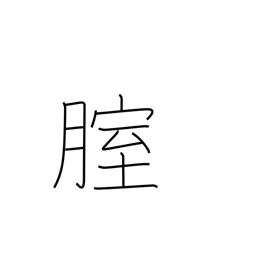
Meaning: vagina